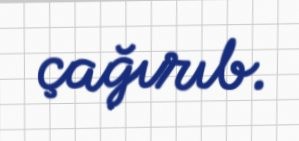
çağırıb.